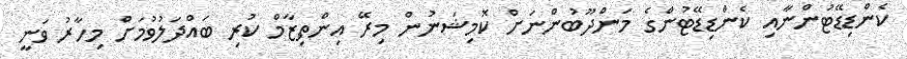
ކެންޑިޑޭޓުންނާއި ކެންޑިޑޭޓުންގެ މަންދޫބުންނަށް ކޮމިޝަނުން މިރޭ އިންތިޒާމް ކުރި ބައްދަލުވުމަށް މިހާރު ވަނީ